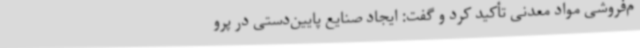
م‌فروشی مواد معدنی تأکید کرد و گفت: ایجاد صنایع پایین‌دستی در پرو